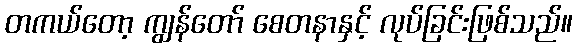
တကယ်တော့ ကျွန်တော် စေတနာနှင့် လုပ်ခြင်းဖြစ်သည်။